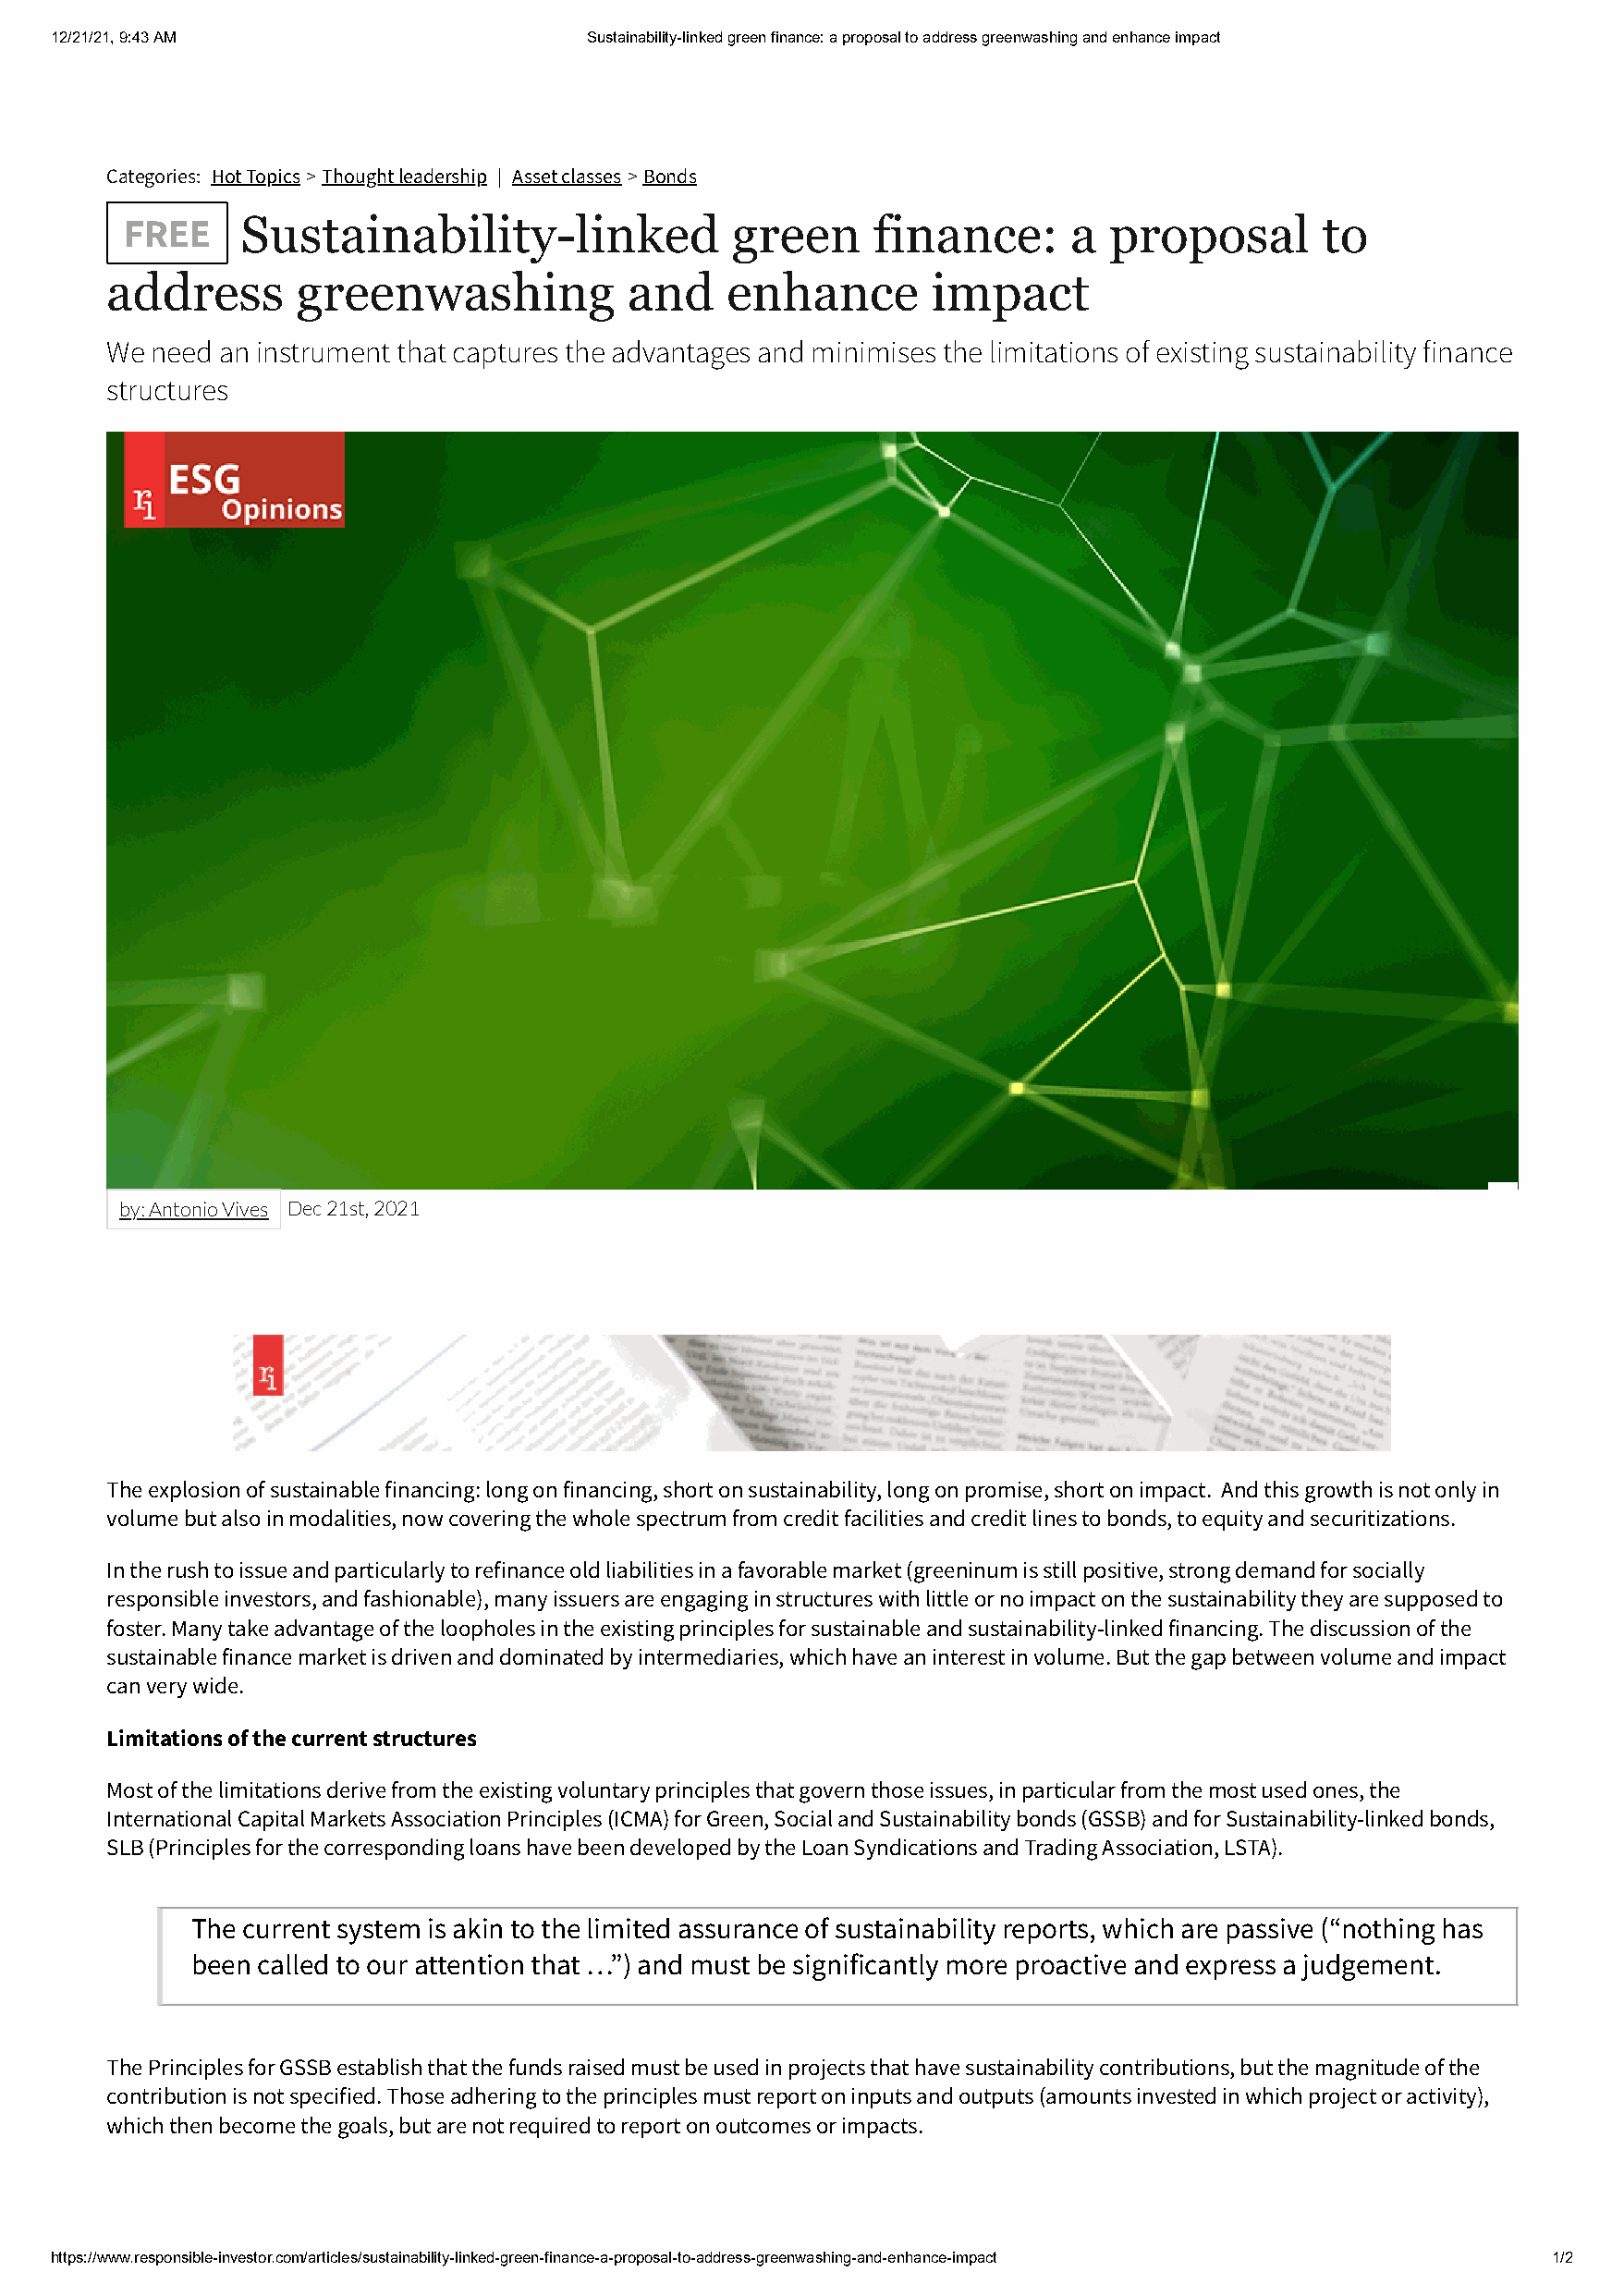
12/21/21, 9:43 AM                     Sustainability-linked green finance: a proposal to address greenwashing and enhance impact
 Categories: Hot Topics > Thought leadership | Asset classes > Bonds
 Sustainability-linked              green      finance:      a proposal        to
 FREE
 address      greenwashing            and    enhance        impact
 We need an instrument that captures the advantages and minimises the limitations of existing sustainability finance
 structures
 by: Antonio Vives Dec 21st, 2021
 The explosion of sustainable financing: long on financing, short on sustainability, long on promise, short on impact. And this growth is not only in
 volume but also in modalities, now covering the whole spectrum from credit facilities and credit lines to bonds, to equity and securitizations.
 In the rush to issue and particularly to refinance old liabilities in a favorable market (greeninum is still positive, strong demand for socially
 responsible investors, and fashionable), many issuers are engaging in structures with little or no impact on the sustainability they are supposed to
 foster. Many take advantage of the loopholes in the existing principles for sustainable and sustainability-linked financing. The discussion of the
 sustainable finance market is driven and dominated by intermediaries, which have an interest in volume. But the gap between volume and impact
 can very wide.
 Limitations of the current structures
 Most of the limitations derive from the existing voluntary principles that govern those issues, in particular from the most used ones, the
 International Capital Markets Association Principles (ICMA) for Green, Social and Sustainability bonds (GSSB) and for Sustainability-linked bonds,
 SLB (Principles for the corresponding loans have been developed by the Loan Syndications and Trading Association, LSTA).
 The current system is akin to the limited assurance of sustainability reports, which are passive (“nothing has
 been called to our attention that …”) and must be significantly more proactive and express a judgement.
 The Principles for GSSB establish that the funds raised must be used in projects that have sustainability contributions, but the magnitude of the
 contribution is not specified. Those adhering to the principles must report on inputs and outputs (amounts invested in which project or activity),
 which then become the goals, but are not required to report on outcomes or impacts.
 https://www.responsible-investor.com/articles/sustainability-linked-green-finance-a-proposal-to-address-greenwashing-and-enhance-impact 1/2